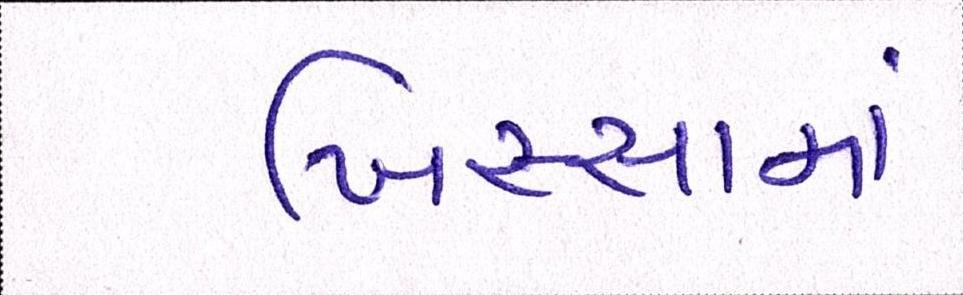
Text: ખિસ્સામાં